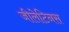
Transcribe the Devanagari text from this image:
जीलेटिनस